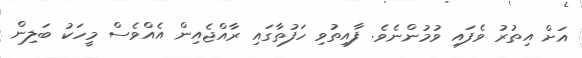
އަށް އިތުރު ވެފައި ވުމުންނެވެ. ފާއިތުވި ހަފުތާގައި ރާއްޖެއިން އެއްވެސް މީހަކު ބަލިން